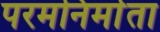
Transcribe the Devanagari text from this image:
परमनिर्माता